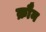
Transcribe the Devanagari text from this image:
क्रौन